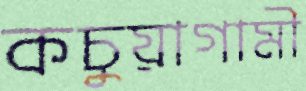
কচুয়াগামী